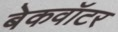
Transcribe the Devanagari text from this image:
बेकवॉटर